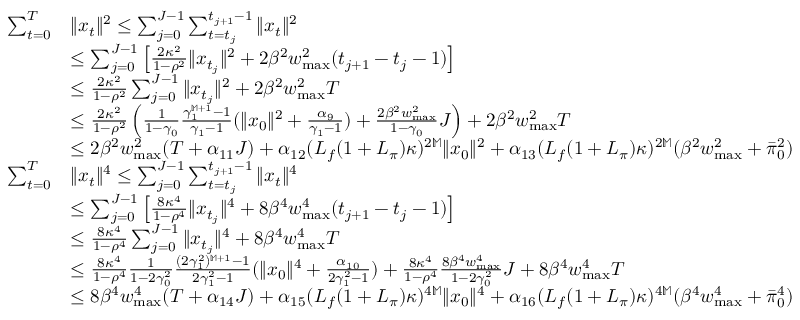
\begin{array} { r l } { \sum _ { t = 0 } ^ { T } } & { \| x _ { t } \| ^ { 2 } \leq \sum _ { j = 0 } ^ { J - 1 } \sum _ { t = t _ { j } } ^ { t _ { j + 1 } - 1 } \| x _ { t } \| ^ { 2 } } \\ & { \leq \sum _ { j = 0 } ^ { J - 1 } \left[ \frac { 2 \kappa ^ { 2 } } { 1 - \rho ^ { 2 } } \| x _ { t _ { j } } \| ^ { 2 } + 2 \beta ^ { 2 } w _ { \operatorname* { m a x } } ^ { 2 } ( t _ { j + 1 } - t _ { j } - 1 ) \right] } \\ & { \leq \frac { 2 \kappa ^ { 2 } } { 1 - \rho ^ { 2 } } \sum _ { j = 0 } ^ { J - 1 } \| x _ { t _ { j } } \| ^ { 2 } + 2 \beta ^ { 2 } w _ { \operatorname* { m a x } } ^ { 2 } T } \\ & { \leq \frac { 2 \kappa ^ { 2 } } { 1 - \rho ^ { 2 } } \left( \frac { 1 } { 1 - \gamma _ { 0 } } \frac { \gamma _ { 1 } ^ { \mathbb M + 1 } - 1 } { \gamma _ { 1 } - 1 } ( \| x _ { 0 } \| ^ { 2 } + \frac { \alpha _ { 9 } } { \gamma _ { 1 } - 1 } ) + \frac { 2 \beta ^ { 2 } w _ { \operatorname* { m a x } } ^ { 2 } } { 1 - \gamma _ { 0 } } J \right) + 2 \beta ^ { 2 } w _ { \operatorname* { m a x } } ^ { 2 } T } \\ & { \leq 2 \beta ^ { 2 } w _ { \operatorname* { m a x } } ^ { 2 } ( T + \alpha _ { 1 1 } J ) + \alpha _ { 1 2 } ( L _ { f } ( 1 + L _ { \pi } ) \kappa ) ^ { 2 \mathbb M } \| x _ { 0 } \| ^ { 2 } + \alpha _ { 1 3 } ( L _ { f } ( 1 + L _ { \pi } ) \kappa ) ^ { 2 \mathbb M } ( \beta ^ { 2 } w _ { \operatorname* { m a x } } ^ { 2 } + \bar { \pi } _ { 0 } ^ { 2 } ) } \\ { \sum _ { t = 0 } ^ { T } } & { \| x _ { t } \| ^ { 4 } \leq \sum _ { j = 0 } ^ { J - 1 } \sum _ { t = t _ { j } } ^ { t _ { j + 1 } - 1 } \| x _ { t } \| ^ { 4 } } \\ & { \leq \sum _ { j = 0 } ^ { J - 1 } \left[ \frac { 8 \kappa ^ { 4 } } { 1 - \rho ^ { 4 } } \| x _ { t _ { j } } \| ^ { 4 } + 8 \beta ^ { 4 } w _ { \operatorname* { m a x } } ^ { 4 } ( t _ { j + 1 } - t _ { j } - 1 ) \right] } \\ & { \leq \frac { 8 \kappa ^ { 4 } } { 1 - \rho ^ { 4 } } \sum _ { j = 0 } ^ { J - 1 } \| x _ { t _ { j } } \| ^ { 4 } + 8 \beta ^ { 4 } w _ { \operatorname* { m a x } } ^ { 4 } T } \\ & { \leq \frac { 8 \kappa ^ { 4 } } { 1 - \rho ^ { 4 } } \frac { 1 } { 1 - 2 \gamma _ { 0 } ^ { 2 } } \frac { ( 2 \gamma _ { 1 } ^ { 2 } ) ^ { \mathbb M + 1 } - 1 } { 2 \gamma _ { 1 } ^ { 2 } - 1 } ( \| x _ { 0 } \| ^ { 4 } + \frac { \alpha _ { 1 0 } } { 2 \gamma _ { 1 } ^ { 2 } - 1 } ) + \frac { 8 \kappa ^ { 4 } } { 1 - \rho ^ { 4 } } \frac { 8 \beta ^ { 4 } w _ { \operatorname* { m a x } } ^ { 4 } } { 1 - 2 \gamma _ { 0 } ^ { 2 } } J + 8 \beta ^ { 4 } w _ { \operatorname* { m a x } } ^ { 4 } T } \\ & { \leq 8 \beta ^ { 4 } w _ { \operatorname* { m a x } } ^ { 4 } ( T + \alpha _ { 1 4 } J ) + \alpha _ { 1 5 } ( L _ { f } ( 1 + L _ { \pi } ) \kappa ) ^ { 4 \mathbb M } \| x _ { 0 } \| ^ { 4 } + \alpha _ { 1 6 } ( L _ { f } ( 1 + L _ { \pi } ) \kappa ) ^ { 4 \mathbb M } ( \beta ^ { 4 } w _ { \operatorname* { m a x } } ^ { 4 } + \bar { \pi } _ { 0 } ^ { 4 } ) } \end{array}